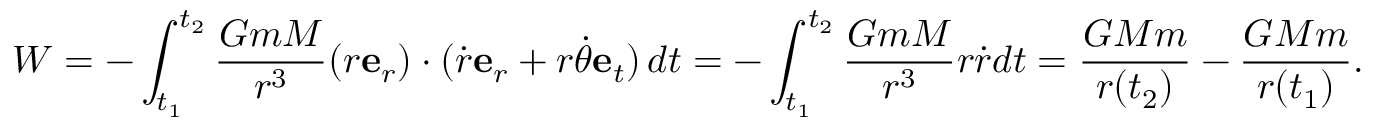
W = - \int _ { t _ { 1 } } ^ { t _ { 2 } } { \frac { G m M } { r ^ { 3 } } } ( r \mathbf { e } _ { r } ) \cdot ( { \dot { r } } \mathbf { e } _ { r } + r { \dot { \theta } } \mathbf { e } _ { t } ) \, d t = - \int _ { t _ { 1 } } ^ { t _ { 2 } } { \frac { G m M } { r ^ { 3 } } } r { \dot { r } } d t = { \frac { G M m } { r ( t _ { 2 } ) } } - { \frac { G M m } { r ( t _ { 1 } ) } } .